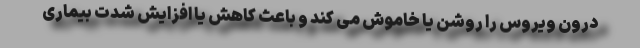
درون ویروس را روشن یا خاموش می کند و باعث کاهش یا افزایش شدت بیماری